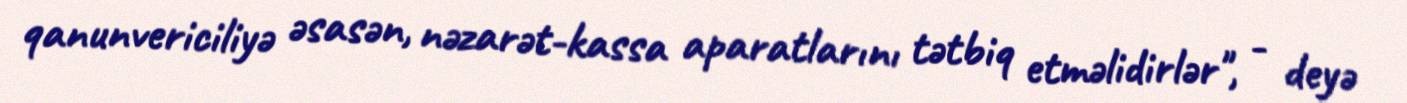
qanunvericiliyə əsasən, nəzarət-kassa aparatlarını tətbiq etməlidirlər", - deyə